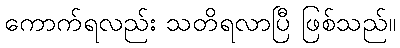
ကောက်ရလည်း သတိရလာပြီ ဖြစ်သည်။